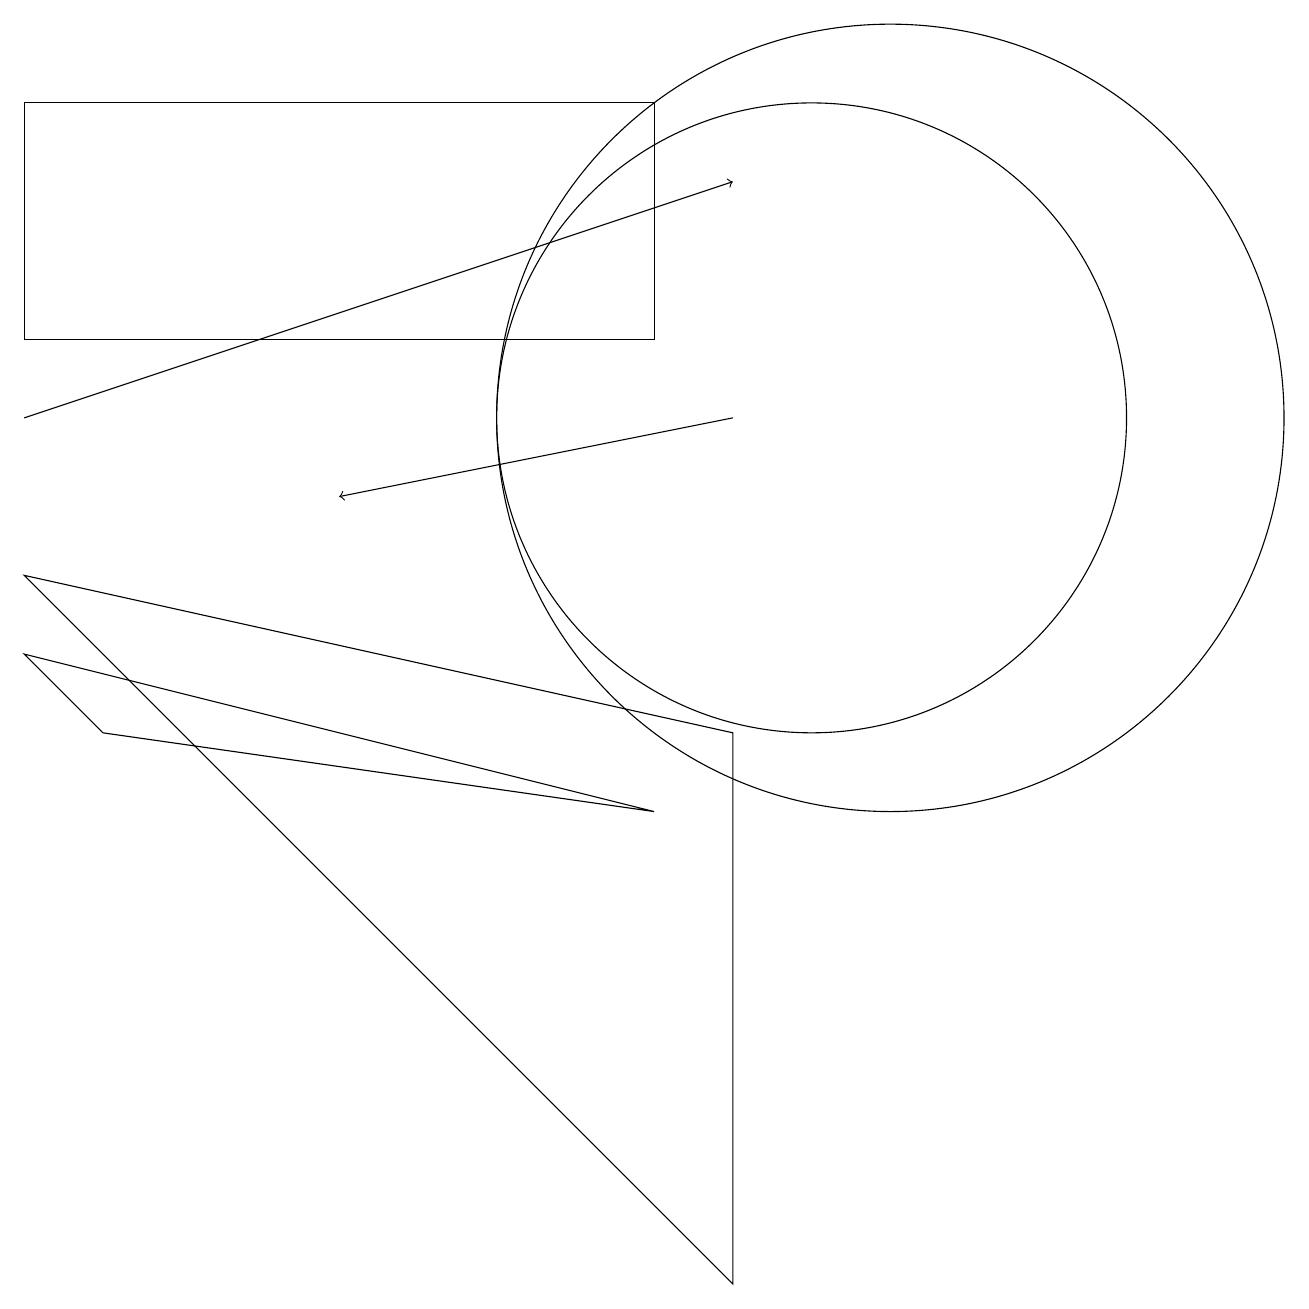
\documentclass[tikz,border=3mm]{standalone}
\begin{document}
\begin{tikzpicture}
\draw (8,15) rectangle (0,12);
\draw (10,11) circle (4);
\draw (11,11) circle (5);
\draw (1,7) -- (8,6) -- (0,8) -- cycle;
\draw[->] (0,11) -- (9,14);
\draw (0,9) -- (9,0) -- (9,7) -- cycle;
\draw[->] (9,11) -- (4,10);
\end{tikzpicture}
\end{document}